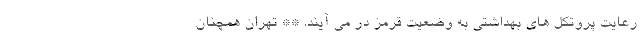
رعایت پروتکل های بهداشتی به وضعیت قرمز در می آیند. ** تهران همچنان